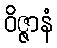
ဝိဇ္ဇာနံ